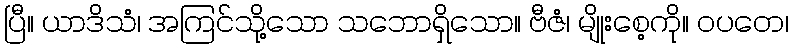
ပြီ။ ယာဒိသံ၊ အကြင်သို့သော သဘောရှိသော။ ဗီဇံ၊ မျိုးစေ့ကို။ ဝပတေ၊